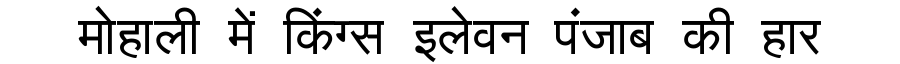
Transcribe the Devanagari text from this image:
मोहाली में किंग्स इलेवन पंजाब की हार